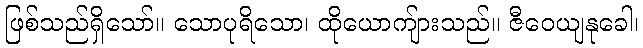
ဖြစ်သည်ရှိသော်။ သောပုရိသော၊ ထိုယောကျ်ားသည်။ ဇီဝေယျနုခေါ၊